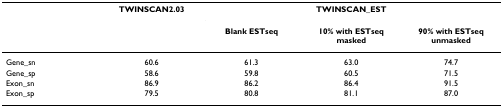
<table><thead><tr><td></td><td><b>TWINSCAN2.03</b></td><td colspan="3"><b>TWINSCAN_EST</b></td></tr><tr><td></td><td></td><td><b>Blank ESTseq</b></td><td><b>10% with ESTseq masked</b></td><td><b>90% with ESTseq unmasked</b></td></tr></thead><tbody><tr><td>Gene_sn</td><td>60.6</td><td>61.3</td><td>63.0</td><td>74.7</td></tr><tr><td>Gene_sp</td><td>58.6</td><td>59.8</td><td>60.5</td><td>71.5</td></tr><tr><td>Exon_sn</td><td>86.9</td><td>86.2</td><td>86.4</td><td>91.5</td></tr><tr><td>Exon_sp</td><td>79.5</td><td>80.8</td><td>81.1</td><td>87.0</td></tr></tbody></table>